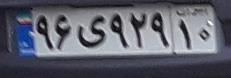
۹۶ی۹۵۲۹۱۰